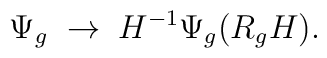
\Psi_g  \; \rightarrow \;H^{-1} \Psi_g  (R_g H).